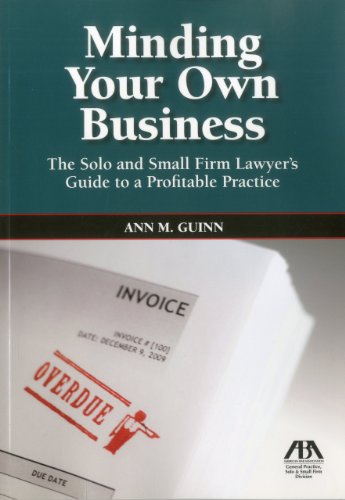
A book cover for Minding Your Own Business: The Solo and Small Firm Lawyer's Guide to a Profitable Practice; Ann Guinn; Law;